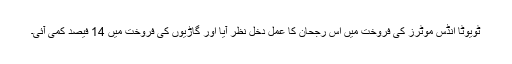
ٹویوٹا انڈس موٹرز کی فروخت میں اس رجحان کا عمل دخل نظر آیا اور گاڑیوں کی فروخت میں 14 فیصد کمی آئی۔